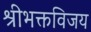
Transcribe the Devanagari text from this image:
श्रीभक्तविजय